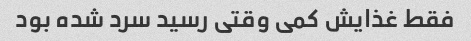
فقط غذایش کمی وقتی رسید سرد شده بود